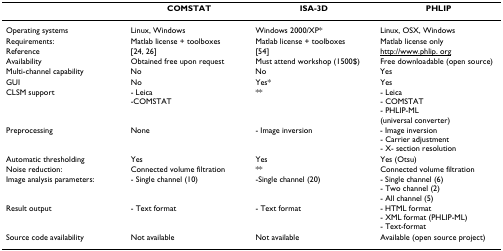
<table><thead><tr><td></td><td><b>COMSTAT</b></td><td><b>ISA-3D</b></td><td><b>PHLIP</b></td></tr></thead><tbody><tr><td>Operating systems</td><td>Linux, Windows</td><td>Windows 2000/XP*</td><td>Linux, OSX, Windows</td></tr><tr><td>Requirements:</td><td>Matlab license + toolboxes</td><td>Matlab license + toolboxes</td><td>Matlab license only</td></tr><tr><td>Reference</td><td>[24, 26]</td><td>[54]</td><td>http://www.phlip. org</td></tr><tr><td>Availability</td><td>Obtained free upon request</td><td>Must attend workshop (1500$)</td><td>Free downloadable (open source)</td></tr><tr><td>Multi-channel capability</td><td>No</td><td>No</td><td>Yes</td></tr><tr><td>GUI</td><td>No</td><td>Yes*</td><td>Yes</td></tr><tr><td>CLSM support</td><td>- Leica-COMSTAT</td><td>**</td><td>- Leica- COMSTAT- PHLIP-ML(universal converter)</td></tr><tr><td>Preprocessing</td><td>None</td><td>- Image inversion</td><td>- Image inversion- Carrier adjustment- X- section resolution</td></tr><tr><td>Automatic thresholding</td><td>Yes</td><td>Yes</td><td>Yes (Otsu)</td></tr><tr><td>Noise reduction:</td><td>Connected volume filtration</td><td>**</td><td>Connected volume filtration</td></tr><tr><td>Image analysis parameters:</td><td>- Single channel (10)</td><td>-Single channel (20)</td><td>- Single channel (6)- Two channel (2)- All channel (5)</td></tr><tr><td>Result output</td><td>- Text format</td><td>- Text format</td><td>- HTML format- XML format (PHLIP-ML)- Text-format</td></tr><tr><td>Source code availability</td><td>Not available</td><td>Not available</td><td>Available (open source project)</td></tr></tbody></table>